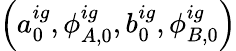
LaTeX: \left(a_{0}^{ig},\phi_{A,0}^{ig},b_{0}^{ig},\phi_{B,0}^{ig}\right)